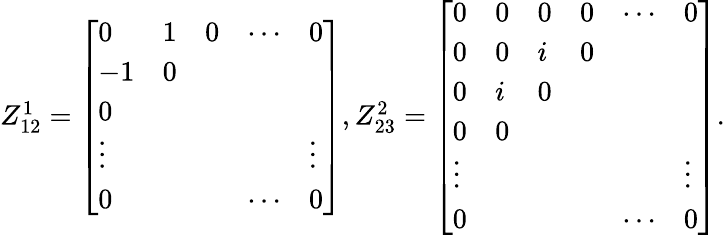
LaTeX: \begin{array}{r}{Z_{12}^{1}=\left[\begin{array}{lllll}{0}&{1}&{0}&{\cdots}&{0}\\ {-1}&{0}&&&\\ {0}&&&&\\ {\vphantom{\int^{0}}\smash[t]{\vdots}}&&&&{\vphantom{\int^{0}}\smash[t]{\vdots}}\\ {0}&&&{\cdots}&{0}\end{array}\right],Z_{23}^{2}=\left[\begin{array}{llllll}{0}&{0}&{0}&{0}&{\cdots}&{0}\\ {0}&{0}&{i}&{0}&&\\ {0}&{i}&{0}&&&\\ {0}&{0}&&&&\\ {\vphantom{\int^{0}}\smash[t]{\vdots}}&&&&&{\vphantom{\int^{0}}\smash[t]{\vdots}}\\ {0}&&&&{\cdots}&{0}\end{array}\right].}\end{array}